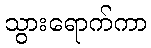
သွားရောက်ကာ